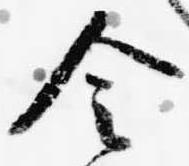
令